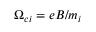
\Omega _ { c i } = e B / m _ { i }